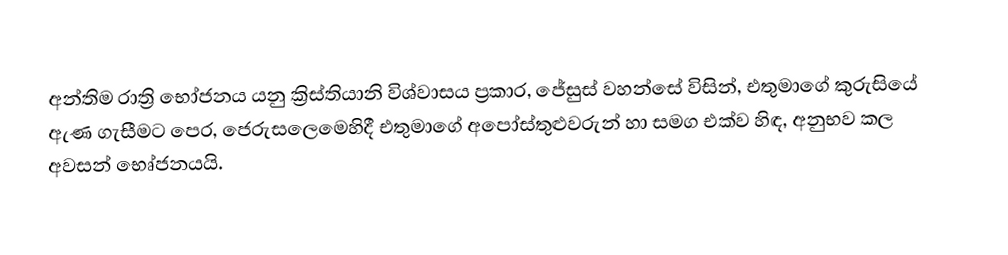
අන්තිම රාත්‍රි භෝජනය යනු ක්‍රිස්තියානි විශ්වාසය ප්‍රකාර, ජේසුස් වහන්සේ විසින්,  එතුමාගේ කුරුසියේ ඇණ ගැසීමට පෙර,  ජෙරුස‍ලෙමෙහිදී  එතුමාගේ අපෝස්තුළුවරුන් හා සමග එක්ව හිඳ, අනුභව කල අවසන් භෙෘ්ජනයයි.